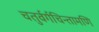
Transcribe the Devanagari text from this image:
चतुर्वर्गचिन्तामणि